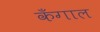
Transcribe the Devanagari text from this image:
कँगाल